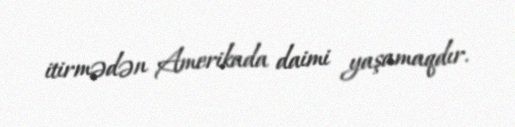
itirmədən Amerikada daimi yaşamaqdır.